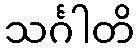
သင်္ဂါတိ